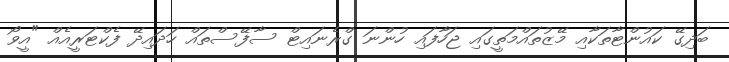
ބަދިގޭ ކައުންޓާތަކާއި މޭޒުތައްމަތީގައި ޖަހާފައި ހުންނަ ގްރެނައިޓް ސާފޭސްތައް ހަދައިދޭ ފެކްޓަރީއެއް "އީވޯ